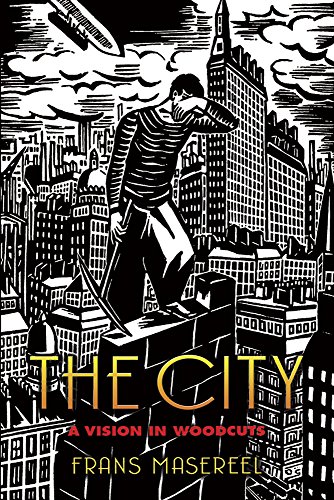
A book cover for The City: A Vision in Woodcuts (Dover Fine Art, History of Art); Frans Masereel; Comics & Graphic Novels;